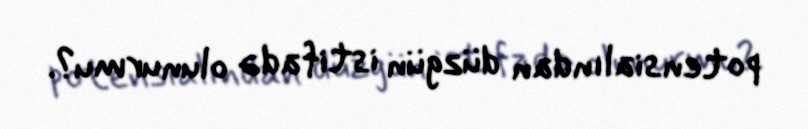
potensialından düzgün istifadə olunurmu?.